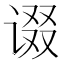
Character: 𰵷